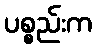
ပစ္စည်းက